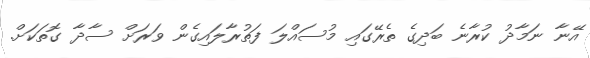
އޭނާ ނަމާދު ކުރާނެ ބަދިގެ ތެރޭގައި މުސައްލަ ފަތުރާލައިގެން ވަރަށް ސާދާ ގޮތަކަށް.